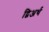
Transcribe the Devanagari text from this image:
द्विअर्थ